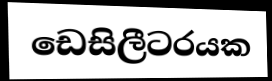
ඩෙසිලීටරයක